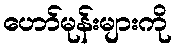
ဟော်မုန်းများကို